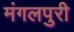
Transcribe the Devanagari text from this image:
मंगलपुरी